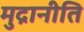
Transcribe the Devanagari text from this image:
मुद्रानीति